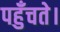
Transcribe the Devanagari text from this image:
पहुँचते।